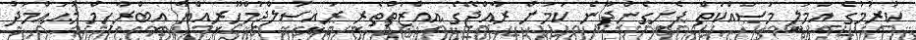
ކުރުމުގެ އަމަލީ މަސައްކަތް ފެށިގެންދާނެ ކަމަށް ރާއްޖޭގެ އިއްޒަތްތެރި ރައީސުލްޖުމްހޫރިއްޔާ އިބްރާހިމް މުޙައްމަދު